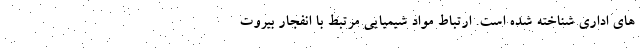
های اداری شناخته شده است. ارتباط مواد شیمیایی مرتبط با انفجار بیروت